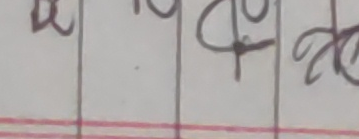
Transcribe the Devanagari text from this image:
च १५ ५० २०